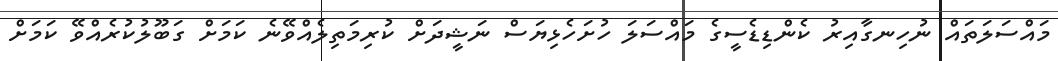
މައްސަލަތައް ނުހިނގާއިރު ކެންޑިޑެސީގެ މައްސަލަ ހުށަހެޅިޔަސް ނަޝީދަށް ކުރިމަތިލެއްވޭނެ ކަމަށް ގަބޫލުކުރެއްވޭ ކަމަށް